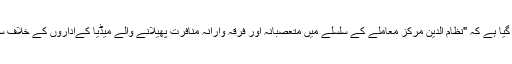
درخواست میں مطالبہ کیا گیا ہے کہ "نظام الدین مرکز معاملے کے سلسلے میں متعصبانہ اور فرقہ وارانہ منافرت پھیلانے والے میڈیا کےاداروں کے خلاف سخت کارروائی کی جائے۔